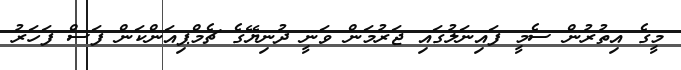
މީގެ އިތުރުން ސެމީ ފައިނަލުގައި ޖަރުމަން ވަނީ ދުނިޔޭގެ ޗެމްޕިއަންކަން ފަސް ފަހަރު